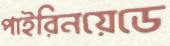
পাইরিনয়েডে